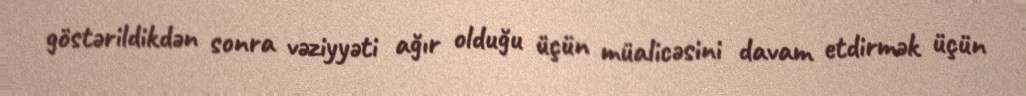
göstərildikdən sonra vəziyyəti ağır olduğu üçün müalicəsini davam etdirmək üçün